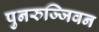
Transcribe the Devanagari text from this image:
पुनरुज्जिवन